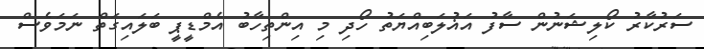
ސަރުކާރު ކޯލިޝަނުން ސާފު އަޣުލަބިއްޔަތު ހޯދި މި އިންތިހާބު އެމްޑީޕީ ބަލައިގަތް ނަމަވެސް